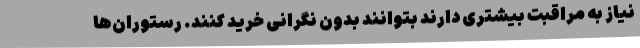
نیاز به مراقبت بیشتری دارند بتوانند بدون نگرانی خرید کنند. رستوران‌ها